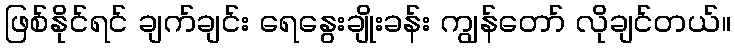
ဖြစ်နိုင်ရင် ချက်ချင်း ရေနွေးချိုးခန်း ကျွန်တော် လိုချင်တယ်။